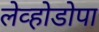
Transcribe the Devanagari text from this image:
लेव्होडोपा